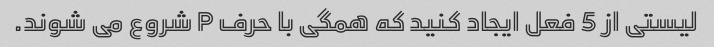
لیستی از 5 فعل ایجاد کنید که همگی با حرف P شروع می شوند.